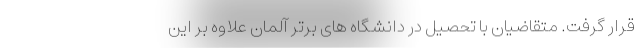
قرار گرفت. متقاضیان با تحصیل در دانشگاه های برتر آلمان علاوه بر این